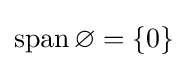
\operatorname {span} \varnothing =\{0\}